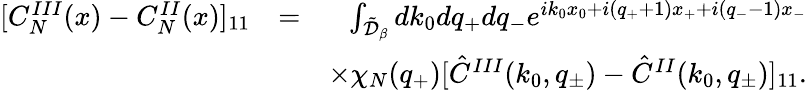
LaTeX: \begin{array}{rlr}{[C_{N}^{III}(x)-C_{N}^{II}(x)]_{11}}&{=}&{\int_{\tilde{\cal D}_{\beta}}dk_{0}dq_{+}dq_{-}{e^{ik_{0}x_{0}+i(q_{+}+1)x_{+}+i(q_{-}-1)x_{-}}}}\\ &{}&{\times\chi_{N}(q_{+})[\hat{C}^{III}(k_{0},q_{\pm})-\hat{C}^{II}(k_{0},q_{\pm})]_{11}.}\end{array}